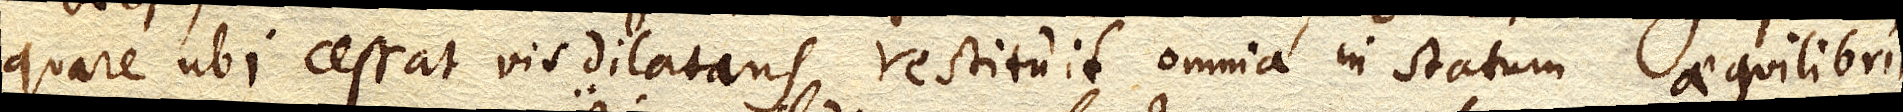
quare ubi cessat vis dilatans restituit omnia in statum aequilibrii